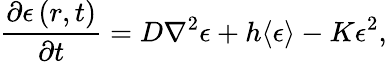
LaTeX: \frac{\partial\epsilon\left(r,t\right)}{\partial t}=D\nabla^{2}\epsilon+h\langle\epsilon\rangle-K\epsilon^{2},